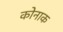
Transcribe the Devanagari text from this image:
कोनाक